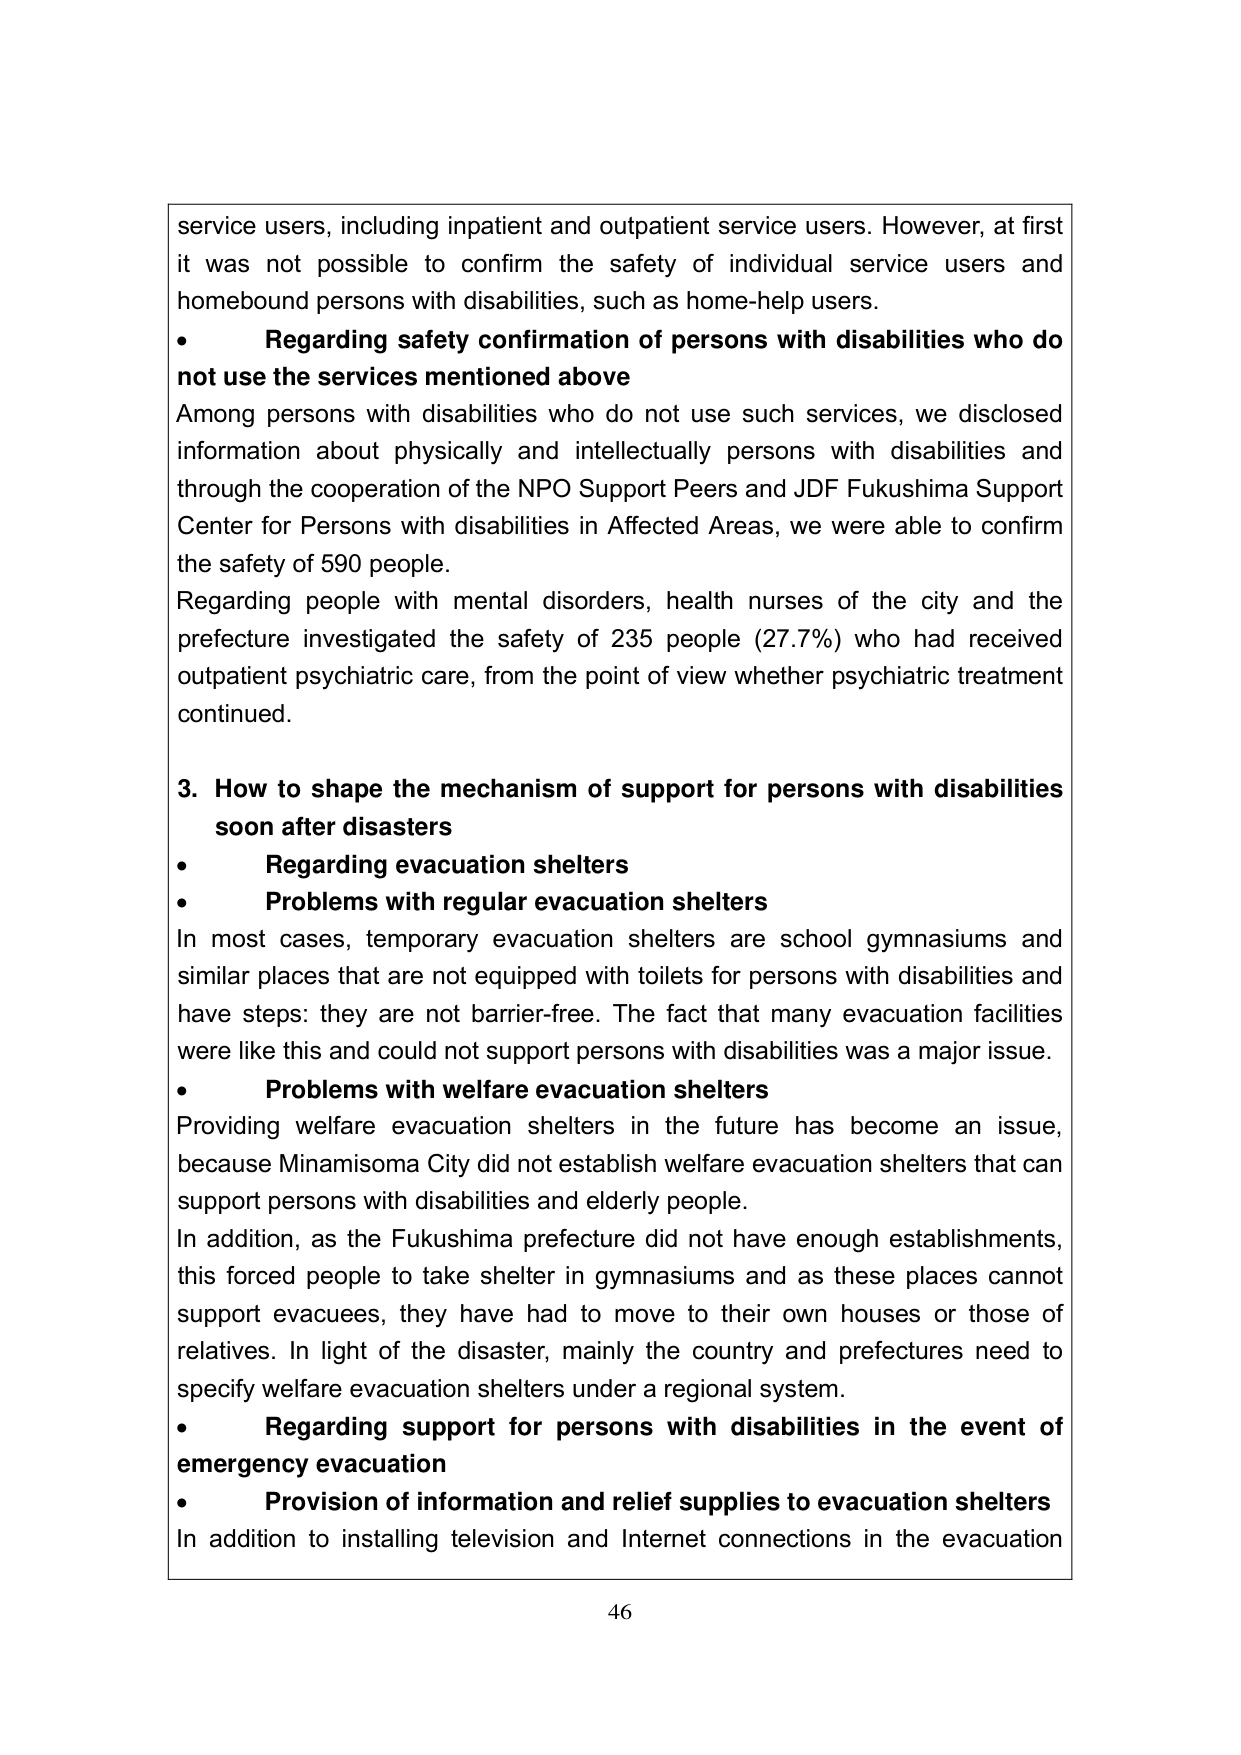
service users, including inpatient and outpatient service users. However, at first it was not possible to confirm the safety of individual service users and homebound persons with disabilities, such as home-help users.

• Regarding safety confirmation of persons with disabilities who do not use the services mentioned above

Among persons with disabilities who do not use such services, we disclosed information about physically and intellectually persons with disabilities and through the cooperation of the NPO Support Peers and JDF Fukushima Support Center for Persons with disabilities in Affected Areas, we were able to confirm the safety of 590 people.

Regarding people with mental disorders, health nurses of the city and the prefecture investigated the safety of 235 people (27.7%) who had received outpatient psychiatric care, from the point of view whether psychiatric treatment continued.

3. How to shape the mechanism of support for persons with disabilities soon after disasters

• Regarding evacuation shelters

• Problems with regular evacuation shelters

In most cases, temporary evacuation shelters are school gymnasiums and similar places that are not equipped with toilets for persons with disabilities and have steps: they are not barrier-free. The fact that many evacuation facilities were like this and could not support persons with disabilities was a major issue.

• Problems with welfare evacuation shelters

Providing welfare evacuation shelters in the future has become an issue, because Minamisoma City did not establish welfare evacuation shelters that can support persons with disabilities and elderly people.

In addition, as the Fukushima prefecture did not have enough establishments, this forced people to take shelter in gymnasiums and as these places cannot support evacuees, they have had to move to their own houses or those of relatives. In light of the disaster, mainly the country and prefectures need to specify welfare evacuation shelters under a regional system.

• Regarding support for persons with disabilities in the event of emergency evacuation

• Provision of information and relief supplies to evacuation shelters

In addition to installing television and Internet connections in the evacuation

46